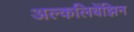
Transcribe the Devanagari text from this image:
अल्कलिबेंझिन